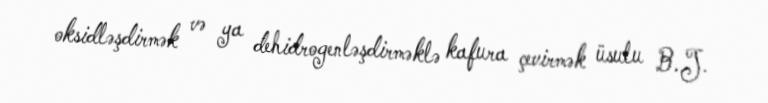
oksidləşdirmək və ya dehidrogenləşdirməklə kafura çevirmək üsulu B.J.